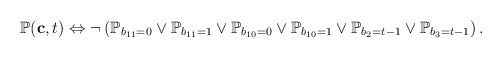
\begin{align*}\mathbb{P}(\mathbf{c}, t) \Leftrightarrow \neg \left(\mathbb{P}_{b_{11} = 0} \vee \mathbb{P}_{b_{11} = 1}\vee\mathbb{P}_{b_{10} = 0}\vee\mathbb{P}_{b_{10} = 1}\vee\mathbb{P}_{b_{2} = t-1}\vee\mathbb{P}_{b_{3} = t-1}\right).\end{align*}